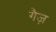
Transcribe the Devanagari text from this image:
गैज़